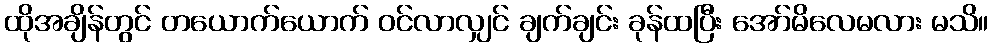
ထိုအချိန်တွင် တယောက်ယောက် ဝင်လာလျှင် ချက်ချင်း ခုန်ထပြီး အော်မိလေမလား မသိ။